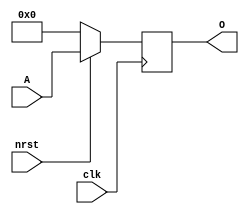
/**
 * Universidade Federal Rural de Pernambuco
 * Departamento de Estatstica e Informtica
 * Disciplina: Arquitetura e Organizao de Computadores
 * 
 * Registrador de 32 bits.
 *
 * @author Andr Aziz (andre.caraujo@ufrpe.br)
 */
module REGISTER(
  clk,
  nrst,
  A,
  O
);

input clk;
input nrst;
input [31:0] A;
output [31:0] O;

wire clk;
wire nrst;
wire [31:0] A;
reg [31:0] O;

initial begin : start_block
  O = 0;
end

always @(posedge clk) begin : register_block
  if (nrst == 0) begin
    O = 0;
  end
  else begin
    O = A;
  end
end

endmodule